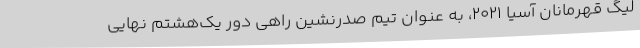
لیگ قهرمانان آسیا ۲۰۲۱، به عنوان تیم صدرنشین راهی دور یک‌هشتم نهایی